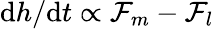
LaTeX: \textrm{d}h/\textrm{d}t\propto\mathcal{F}_{m}-\mathcal{F}_{l}